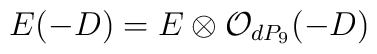
E(-D)=E \otimes {\cal O}_{dP_9} (-D)